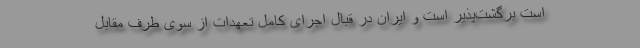
است برگشت‌پذیر است و ایران در قبال اجرای کامل تعهدات از سوی طرف مقابل